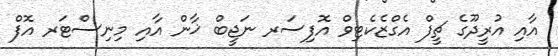
އާއި އުރީދޫގެ ޗީފް އެގްޒެކެޓިވް އޮފިސަރ ނަޖީބް ޚާން އާއި މިނިސްޓަރ އޮފް